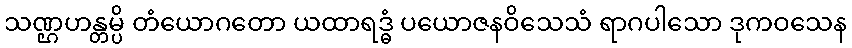
သဏ္ဌဟန္တမ္ပိ တံယောဂတော ယထာရဒ္ဓံ ပယောဇနဝိသေသံ ရာဂပါသော ဒုကဝသေန